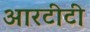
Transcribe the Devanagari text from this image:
आरटीटी